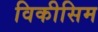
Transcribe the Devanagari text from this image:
विकीसिम